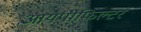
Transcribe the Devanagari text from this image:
आयपीफिल्टर